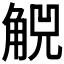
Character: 𧣶